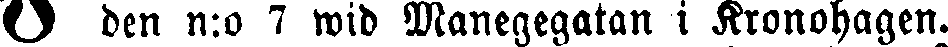
# den n:o 7 wid Manegegatan i Kronohagen.